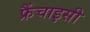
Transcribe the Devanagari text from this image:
फ्रैंचाइसी